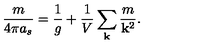
{ \frac { m } { 4 \pi a _ { s } } } = { \frac { 1 } { g } } + { \frac { 1 } { V } } \sum _ { \bf k } { \frac { m } { { \bf k } ^ { 2 } } } .